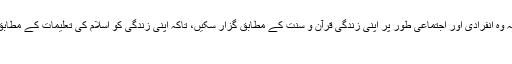
(1) پاکستان کے مسلمانوں کو اس قابل بنایا جائے گا کہ وہ انفرادی اور اجتماعی طور پر اپنی زندگی قرآن و سنت کے مطابق گزار سکیں، تاکہ اپنی زندگی کو اسلام کی تعلیمات کے مطابق ترتیب دیں جیسا کہ قرآن کریم اور سنت میں ہے. اور
۔